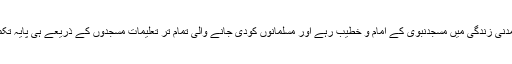
نبی اکرم ﷺپوری مدنی زندگی میں مسجدنبوی کے امام و خطیب رہے اور مسلمانوں کودی جانے والی تمام تر تعلیمات مسجدوں کے ذریعے ہی پایۂ تکمیل کوپہنچتی تھیں۔